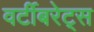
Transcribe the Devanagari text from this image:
वर्टीबरेट्स